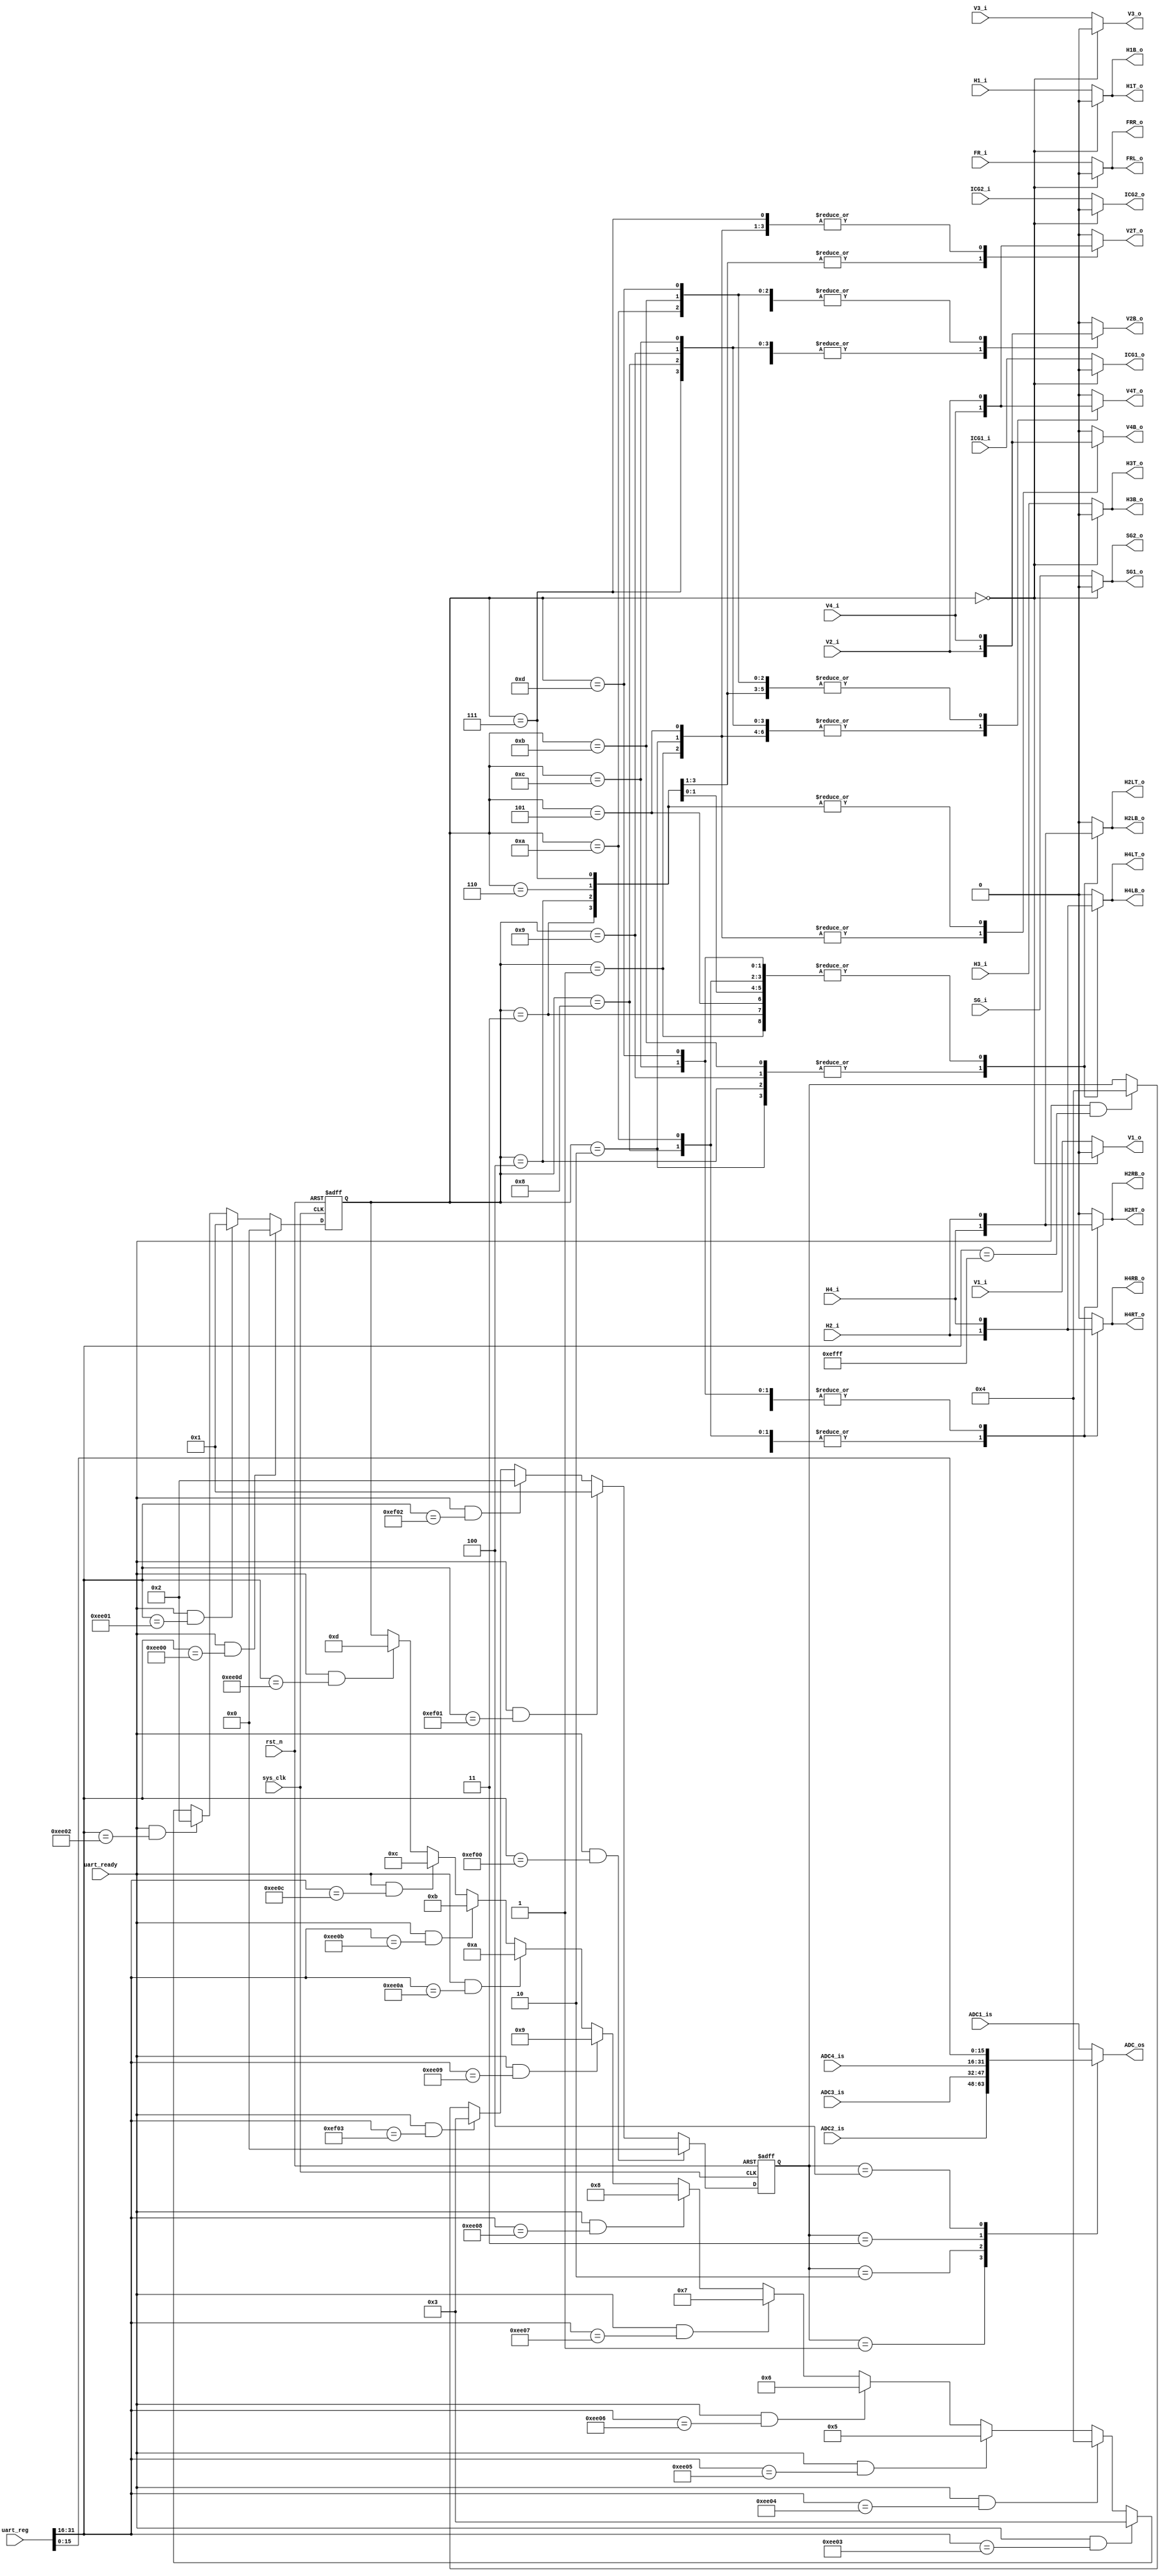
`timescale 1ns / 1ps
//////////////////////////////////////////////////////////////////////////////////
// Company: 
// Engineer: 
// 
// Design Name: 
// Module Name: Mode_Selector
// Project Name: 
// Target Devices: 
// Tool Versions: 
// Description: 
// 
// Dependencies: 
// 
// Revision:
// Revision 0.01 - File Created
// Additional Comments:
// 
//////////////////////////////////////////////////////////////////////////////////


module Mode_Selector(
input sys_clk   ,
input rst_n     ,
input [31:0] uart_reg ,
input uart_ready,

input  V1_i,
input  V2_i,
input  V3_i,
input  V4_i,
input  ICG1_i,
input  ICG2_i,
output reg V1_o,
output reg V2T_o,
output reg V4T_o,
output reg V3_o,
output reg V2B_o,
output reg V4B_o,
output reg ICG1_o,
output reg ICG2_o,

input  H1_i,
input  H2_i,
input  H3_i,
input  H4_i,
input  SG_i,
input  FR_i,

output reg H1T_o , 
output reg H2LT_o, 
output reg H4LT_o, 
output reg H3T_o , 
output reg H2RT_o, 
output reg H4RT_o, 

output reg H1B_o , 
output reg H2LB_o, 
output reg H4LB_o, 
output reg H3B_o , 
output reg H2RB_o, 
output reg H4RB_o, 

output reg SG1_o ,
output reg SG2_o ,
output reg FRR_o ,
output reg FRL_o ,

input [15:0] ADC1_is,
input [15:0] ADC2_is,
input [15:0] ADC3_is,
input [15:0] ADC4_is,
output reg [15:0] ADC_os
);
parameter S_REST  =8'd0;
parameter S_1A1B_TL    =8'd1;
parameter S_1A1B_TR    =8'd2;
parameter S_1A1B_BL    =8'd3;
parameter S_1A1B_BR    =8'd4;
parameter S_1A1B_TLR   =8'd5;
parameter S_1A1B_BLR   =8'd6;
parameter S_1A1B_TBLR  =8'd7;

parameter S_2A2B_TL  =8'd8;
parameter S_2A2B_TR  =8'd9;
parameter S_2A2B_BL  =8'd10;
parameter S_2A2B_BR  =8'd11;
parameter S_2A2B_TLR  =8'd12;
parameter S_2A2B_BLR  =8'd13;
reg [7:0] mode;
always @(posedge sys_clk or negedge rst_n ) begin
    if(!rst_n) begin
        mode <=S_REST;
    end
    else if(uart_ready && (uart_reg[31:16] == 16'hEE00))
        mode <=S_REST;
    else if(uart_ready && (uart_reg[31:16] == 16'hEE01))
        mode <=S_1A1B_TL;
    else if(uart_ready && (uart_reg[31:16] == 16'hEE02))
        mode <=S_1A1B_TR;
    else if(uart_ready && (uart_reg[31:16] == 16'hEE03))
        mode <=S_1A1B_BL;
    else if(uart_ready && (uart_reg[31:16] == 16'hEE04))
        mode <=S_1A1B_BR;
    else if(uart_ready && (uart_reg[31:16] == 16'hEE05))
        mode <=S_1A1B_TLR;
    else if(uart_ready && (uart_reg[31:16] == 16'hEE06))
        mode <=S_1A1B_BLR;
    else if(uart_ready && (uart_reg[31:16] == 16'hEE07))
        mode <=S_1A1B_TBLR;

    else if(uart_ready && (uart_reg[31:16] == 16'hEE08))
        mode <=S_2A2B_TL;
    else if(uart_ready && (uart_reg[31:16] == 16'hEE09))
        mode <=S_2A2B_TR;
    else if(uart_ready && (uart_reg[31:16] == 16'hEE0A))
        mode <=S_2A2B_BL;
    else if(uart_ready && (uart_reg[31:16] == 16'hEE0B))
        mode <=S_2A2B_BR;
    else if(uart_ready && (uart_reg[31:16] == 16'hEE0C))
        mode <=S_2A2B_TLR;
    else if(uart_ready && (uart_reg[31:16] == 16'hEE0D))
        mode <=S_2A2B_BLR;
end
always @(*) begin
    case(mode)
        S_REST:begin
                V2T_o =0;
                V4T_o =0;
                V2B_o =0;
                V4B_o =0;
                H2LT_o=0;
                H4LT_o=0;
                H2RT_o=0;
                H4RT_o=0;
                H2LB_o=0;
                H4LB_o=0;
                H2RB_o=0;
                H4RB_o=0;
            end
        S_1A1B_TL  :begin
                V2T_o =V2_i;
                V4T_o =V4_i;
                V2B_o =V4_i;
                V4B_o =V2_i;

                H2LT_o=H2_i;
                H4LT_o=H4_i;
                H2RT_o=H4_i;
                H4RT_o=H2_i;
                H2LB_o=H2_i;
                H4LB_o=H4_i;
                H2RB_o=H4_i;
                H4RB_o=H2_i;
            end
        S_1A1B_TR  :begin
                V2T_o =V2_i;
                V4T_o =V4_i;
                V2B_o =V4_i;
                V4B_o =V2_i;

                H2LT_o=H4_i;
                H4LT_o=H2_i;
                H2RT_o=H2_i;
                H4RT_o=H4_i;

                H2LB_o=H4_i;
                H4LB_o=H2_i;
                H2RB_o=H2_i;
                H4RB_o=H4_i;
            end
        S_1A1B_BL  :begin
                V2T_o =V4_i;
                V4T_o =V2_i;
                V2B_o =V2_i;
                V4B_o =V4_i;

                H2LT_o=H2_i;
                H4LT_o=H4_i;
                H2RT_o=H4_i;
                H4RT_o=H2_i;
                H2LB_o=H2_i;
                H4LB_o=H4_i;
                H2RB_o=H4_i;
                H4RB_o=H2_i;
            end
        S_1A1B_BR  :begin
                V2T_o =V4_i;
                V4T_o =V2_i;
                V2B_o =V2_i;
                V4B_o =V4_i;

                H2LT_o=H4_i;
                H4LT_o=H2_i;
                H2RT_o=H2_i;
                H4RT_o=H4_i;
                H2LB_o=H4_i;
                H4LB_o=H2_i;
                H2RB_o=H2_i;
                H4RB_o=H4_i;
            end
        S_1A1B_TLR :begin
                V2T_o =V2_i;
                V4T_o =V4_i;
                V2B_o =V4_i;
                V4B_o =V2_i;

                H2LT_o=H2_i;
                H4LT_o=H4_i;
                H2RT_o=H2_i;
                H4RT_o=H4_i;
                H2LB_o=H2_i;
                H4LB_o=H4_i;
                H2RB_o=H2_i;
                H4RB_o=H4_i;
            end
        S_1A1B_BLR :begin
                V2T_o =V4_i;
                V4T_o =V2_i;
                V2B_o =V2_i;
                V4B_o =V4_i;

                H2LT_o=H2_i;
                H4LT_o=H4_i;
                H2RT_o=H2_i;
                H4RT_o=H4_i;
                H2LB_o=H2_i;
                H4LB_o=H4_i;
                H2RB_o=H2_i;
                H4RB_o=H4_i;
            end
        S_1A1B_TBLR:begin
                V2T_o =V2_i;
                V4T_o =V4_i;
                V2B_o =V2_i;
                V4B_o =V4_i;

                H2LT_o=H2_i;
                H4LT_o=H4_i;
                H2RT_o=H2_i;
                H4RT_o=H4_i;
                H2LB_o=H2_i;
                H4LB_o=H4_i;
                H2RB_o=H2_i;
                H4RB_o=H4_i;
            end

            S_2A2B_TL:begin
                V2T_o =0;
                V4T_o =V4_i;
                V2B_o =V2_i;
                V4B_o =0;

                H2LT_o=H2_i;
                H4LT_o=H4_i;
                H2RT_o=H4_i;
                H4RT_o=H2_i;
                H2LB_o=H2_i;
                H4LB_o=H4_i;
                H2RB_o=H4_i;
                H4RB_o=H2_i;
            end
            S_2A2B_TR:begin
                V2T_o =0;
                V4T_o =V4_i;
                V2B_o =V2_i;
                V4B_o =0;

                H2LT_o=H4_i;
                H4LT_o=H2_i;
                H2RT_o=H2_i;
                H4RT_o=H4_i;
                H2LB_o=H4_i;
                H4LB_o=H2_i;
                H2RB_o=H2_i;
                H4RB_o=H4_i;
            end
            S_2A2B_BL:begin
                V2T_o =0;
                V4T_o =V2_i;
                V2B_o =V4_i;
                V4B_o =0;

                H2LT_o=H2_i;
                H4LT_o=H4_i;
                H2RT_o=H4_i;
                H4RT_o=H2_i;
                H2LB_o=H2_i;
                H4LB_o=H4_i;
                H2RB_o=H4_i;
                H4RB_o=H2_i;
            end
            S_2A2B_BR:begin
                V2T_o =0;
                V4T_o =V2_i;
                V2B_o =V4_i;
                V4B_o =0;

                H2LT_o=H4_i;
                H4LT_o=H2_i;
                H2RT_o=H2_i;
                H4RT_o=H4_i;
                H2LB_o=H4_i;
                H4LB_o=H2_i;
                H2RB_o=H2_i;
                H4RB_o=H4_i;
            end
            S_2A2B_TLR:begin
                V2T_o =0;
                V4T_o =V4_i;
                V2B_o =V2_i;
                V4B_o =0;

                H2LT_o=H2_i;
                H4LT_o=H4_i;
                H2RT_o=H2_i;
                H4RT_o=H4_i;
                H2LB_o=H2_i;
                H4LB_o=H4_i;
                H2RB_o=H2_i;
                H4RB_o=H4_i;
            end
            S_2A2B_BLR:begin
                V2T_o =0;
                V4T_o =V2_i;
                V2B_o =V4_i;
                V4B_o =0;

                H2LT_o=H2_i;
                H4LT_o=H4_i;
                H2RT_o=H2_i;
                H4RT_o=H4_i;
                H2LB_o=H2_i;
                H4LB_o=H4_i;
                H2RB_o=H2_i;
                H4RB_o=H4_i;
            end
            default:begin
                V2T_o =0;
                V4T_o =0;
                V2B_o =0;
                V4B_o =0;

                H2LT_o=0;
                H4LT_o=0;
                H2RT_o=0;
                H4RT_o=0;
                H2LB_o=0;
                H4LB_o=0;
                H2RB_o=0;
                H4RB_o=0;
            end
    endcase
end
always @(*) begin
    case(mode)
        S_REST:begin
            V1_o  =0;
            V3_o  =0;
            ICG1_o=0;
            ICG2_o=0;
            H1T_o =0;
            H3T_o =0;
            H1B_o =0;
            H3B_o =0;
            SG1_o =0;
            SG2_o =0;
            FRR_o =0;
            FRL_o =0;
            end
        default:begin
            V1_o  =V1_i;
            V3_o  =V3_i;
            ICG1_o=ICG1_i;
            ICG2_o=ICG2_i;
            H1T_o =H1_i;
            H3T_o =H3_i;
            H1B_o =H1_i;
            H3B_o =H3_i;
            SG1_o =SG_i;
            SG2_o =SG_i;
            FRR_o =FR_i;
            FRL_o =FR_i;
            end
    endcase
end
reg [7:0] adcmode ;
parameter S_A  =8'd0;
parameter S_B    =8'd1;
parameter S_C    =8'd2;
parameter S_D    =8'd3;
parameter S_T    =8'd4;
always @(posedge sys_clk or negedge rst_n ) begin
    if(!rst_n) begin
        adcmode <=S_REST;
    end
    else if(uart_ready && (uart_reg[31:16] == 16'hEF00))
        adcmode <=S_A;
    else if(uart_ready && (uart_reg[31:16] == 16'hEF01))
        adcmode <=S_B;
    else if(uart_ready && (uart_reg[31:16] == 16'hEF02))
        adcmode <=S_C;
    else if(uart_ready && (uart_reg[31:16] == 16'hEF03))
        adcmode <=S_D;
    else if(uart_ready && (uart_reg[31:16] == 16'hEFff))
        adcmode <=S_T;
end
always @(*) begin
    case(adcmode)
        S_A:begin
            ADC_os=ADC1_is;
        end
        S_B:begin
            ADC_os=ADC2_is;
        end
        S_C:begin
            ADC_os=ADC3_is;
        end
        S_D:begin
            ADC_os=ADC4_is;
        end
        S_T:begin
            ADC_os=uart_reg[15:0];
            end
        default:begin
            ADC_os=ADC1_is;
        end
    endcase
end

endmodule